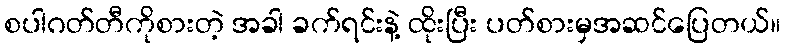
စပါဂတ်တီကိုစားတဲ့ အခါ ခက်ရင်းနဲ့ ထိုးပြီး ပတ်စားမှအဆင်ပြေတယ်။